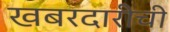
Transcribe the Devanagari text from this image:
खबरदारीची